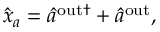
\begin{array} { r } { \hat { x } _ { a } = \hat { a } ^ { \mathrm { { o u t } \dagger } } + \hat { a } ^ { \mathrm { { o u t } } } , } \end{array}